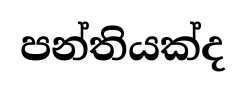
පන්තියක්ද